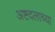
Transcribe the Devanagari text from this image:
अष्टदलाच्या